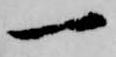
一